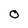
Character: 0